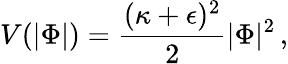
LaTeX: V(|\Phi|)={\frac{(\kappa+\epsilon)^{2}}{2}}|\Phi|^{2}\, ,